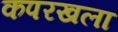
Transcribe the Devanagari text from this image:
कपरखला